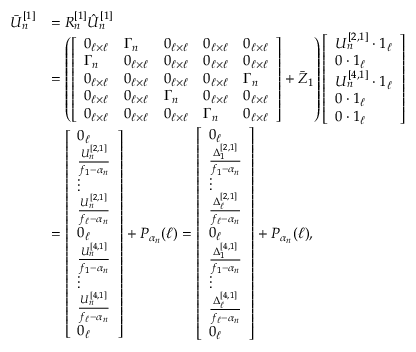
\begin{array} { r l } { \bar { U } _ { n } ^ { [ 1 ] } } & { = R _ { n } ^ { [ 1 ] } \hat { U } _ { n } ^ { [ 1 ] } } \\ & { = \left( \left[ \begin{array} { l l l l l } { 0 _ { \ell \times \ell } } & { \Gamma _ { n } } & { 0 _ { \ell \times \ell } } & { 0 _ { \ell \times \ell } } & { 0 _ { \ell \times \ell } } \\ { \Gamma _ { n } } & { 0 _ { \ell \times \ell } } & { 0 _ { \ell \times \ell } } & { 0 _ { \ell \times \ell } } & { 0 _ { \ell \times \ell } } \\ { 0 _ { \ell \times \ell } } & { 0 _ { \ell \times \ell } } & { 0 _ { \ell \times \ell } } & { 0 _ { \ell \times \ell } } & { \Gamma _ { n } } \\ { 0 _ { \ell \times \ell } } & { 0 _ { \ell \times \ell } } & { \Gamma _ { n } } & { 0 _ { \ell \times \ell } } & { 0 _ { \ell \times \ell } } \\ { 0 _ { \ell \times \ell } } & { 0 _ { \ell \times \ell } } & { 0 _ { \ell \times \ell } } & { \Gamma _ { n } } & { 0 _ { \ell \times \ell } } \end{array} \right] + \bar { Z } _ { 1 } \right) \left[ \begin{array} { l } { U _ { n } ^ { [ 2 , 1 ] } \cdot 1 _ { \ell } } \\ { 0 \cdot 1 _ { \ell } } \\ { U _ { n } ^ { [ 4 , 1 ] } \cdot 1 _ { \ell } } \\ { 0 \cdot 1 _ { \ell } } \\ { 0 \cdot 1 _ { \ell } } \end{array} \right] } \\ & { = \left[ \begin{array} { l } { 0 _ { \ell } } \\ { \frac { U _ { n } ^ { [ 2 , 1 ] } } { f _ { 1 } - \alpha _ { n } } } \\ { \vdots } \\ { \frac { U _ { n } ^ { [ 2 , 1 ] } } { f _ { \ell } - \alpha _ { n } } } \\ { 0 _ { \ell } } \\ { \frac { U _ { n } ^ { [ 4 , 1 ] } } { f _ { 1 } - \alpha _ { n } } } \\ { \vdots } \\ { \frac { U _ { n } ^ { [ 4 , 1 ] } } { f _ { \ell } - \alpha _ { n } } } \\ { 0 _ { \ell } } \end{array} \right] + P _ { \alpha _ { n } } ( \ell ) = \left[ \begin{array} { l } { 0 _ { \ell } } \\ { \frac { \Delta _ { 1 } ^ { [ 2 , 1 ] } } { f _ { 1 } - \alpha _ { n } } } \\ { \vdots } \\ { \frac { \Delta _ { \ell } ^ { [ 2 , 1 ] } } { f _ { \ell } - \alpha _ { n } } } \\ { 0 _ { \ell } } \\ { \frac { \Delta _ { 1 } ^ { [ 4 , 1 ] } } { f _ { 1 } - \alpha _ { n } } } \\ { \vdots } \\ { \frac { \Delta _ { \ell } ^ { [ 4 , 1 ] } } { f _ { \ell } - \alpha _ { n } } } \\ { 0 _ { \ell } } \end{array} \right] + P _ { \alpha _ { n } } ( \ell ) , } \end{array}